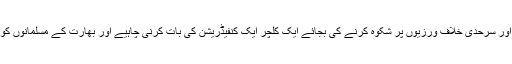
بھارت کی آبی جارحیت پر خاموش رہ کر بھارت کو پسندیدہ ملک قرار دیا جائے اور سرحدی خلاف ورزیوں پر شکوہ کرنے کی بجائے ایک کلچر ایک کنفیڈریشن کی بات کرنی چاہیے اور بھارت کے مسلمانوں کو بھول کر ہمیں اپنے ہمسایہ ملک بھارت کے ساتھ نئے تعلقات کا مزہ لینا چاہیے ۔